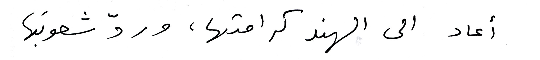
أعاد الى الهند كرامتها، وردّ شعوبَها